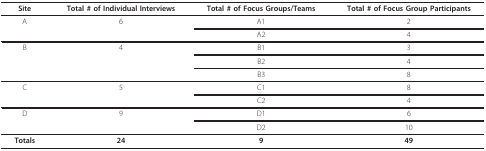
<table><thead><tr><td><b>Site</b></td><td><b>Total # of Individual Interviews</b></td><td><b>Total # of Focus Groups/Teams</b></td><td><b>Total # of Focus Group Participants</b></td></tr></thead><tbody><tr><td>A</td><td>6</td><td>A1</td><td>2</td></tr><tr><td></td><td></td><td>A2</td><td>4</td></tr><tr><td>B</td><td>4</td><td>B1</td><td>3</td></tr><tr><td></td><td></td><td>B2</td><td>4</td></tr><tr><td></td><td></td><td>B3</td><td>8</td></tr><tr><td>C</td><td>5</td><td>C1</td><td>8</td></tr><tr><td></td><td></td><td>C2</td><td>4</td></tr><tr><td>D</td><td>9</td><td>D1</td><td>6</td></tr><tr><td></td><td></td><td>D2</td><td>10</td></tr><tr><td><b>Totals</b></td><td><b>24</b></td><td><b>9</b></td><td><b>49</b></td></tr></tbody></table>